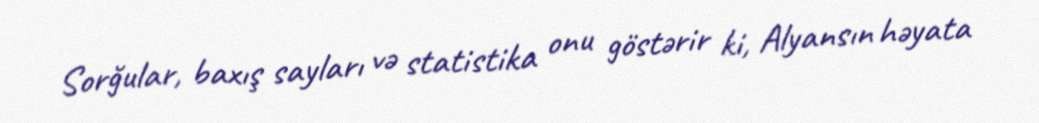
Sorğular, baxış sayları və statistika onu göstərir ki, Alyansın həyata